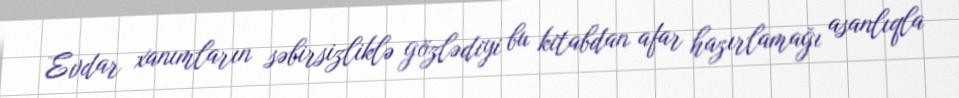
Evdar xanımların səbirsizliklə gözlədiyi bu kitabdan afar hazırlamağı asanlıqla